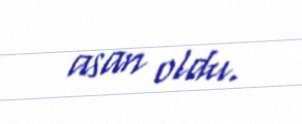
asan oldu.